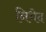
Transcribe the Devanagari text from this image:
निभेद